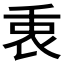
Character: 𠂻